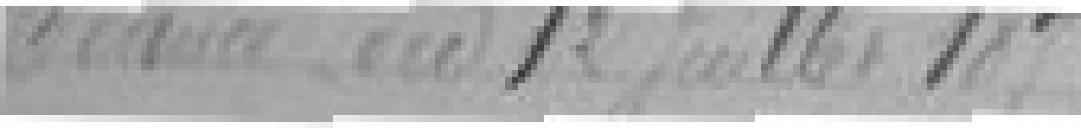
Séance du 12 juillet 1875